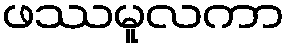
ဖဿမူလကာ